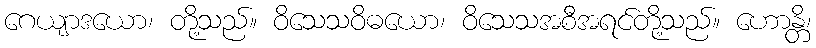
ဂေယျာဒယော၊ တို့သည်။ ဝိသေသဝိဓယော၊ ဝိသေသအစီအရင်တို့သည်။ ဟောန္တိ၊